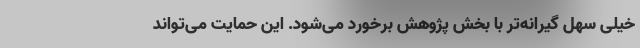
خیلی سهل گیرانه‌تر با بخش پژوهش برخورد می‌شود. این حمایت می‌تواند